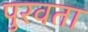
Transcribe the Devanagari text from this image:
पुरवता